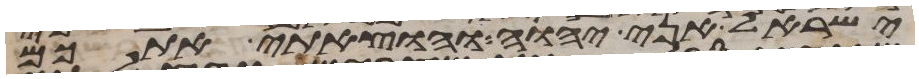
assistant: ישראל אני יהוה והוצאתי אתכם